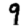
Digit: 9